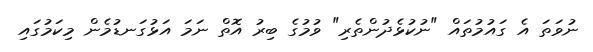
ނުވަތަ އެ ގައުމުތައް "ނުކުޅެދުންތެރި" ވުމުގެ ބިރު އޮތް ނަމަ އަޅުގަނޑުމެން މިކަމުގައި